Document type: Sale
Year: 1439
Scribe: Arnau d'Illes
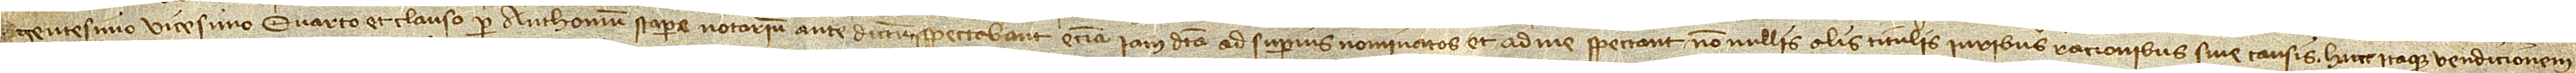
gentesimo vicesimo quarto, et clauso per Anthonium Stapera, notarium antedictum, spectabant etiam iamdicta ad superius nominatos et ad me spectant nonnullis alis titulis iuribus, rationibus sive causis. Hanc itaque vendicionem